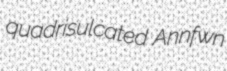
quadrisulcated Annfwn